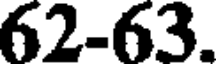
62-63.